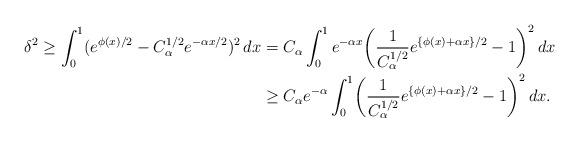
LaTeX: \begin{align*} \delta^2 \geq \int_0^1 (e^{\phi(x)/2} - C_\alpha^{1/2}e^{-\alpha x/2})^2 \, dx &= C_\alpha \int_0^1 e^{-\alpha x} \biggl(\frac{1}{C_\alpha^{1/2}}e^{\{\phi(x) + \alpha x\}/2} - 1 \biggr)^2 \, dx \\&\geq C_\alpha e^{-\alpha} \int_0^1 \biggl(\frac{1}{C_\alpha^{1/2}}e^{\{\phi(x) + \alpha x\}/2} - 1 \biggr)^2 \, dx.\end{align*}